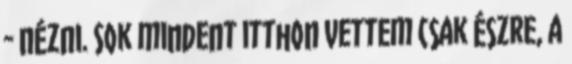
- nézni. Sok mindent itthon vettem csak észre, a